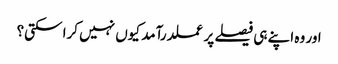
اور وہ اپنے ہی فیصلے پر عملدرآمد کیوں نہیں کرا سکتی؟